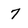
Character: 7